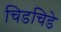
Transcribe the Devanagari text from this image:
चिडचिडे